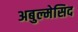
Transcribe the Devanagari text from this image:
अबुल्मेसिद